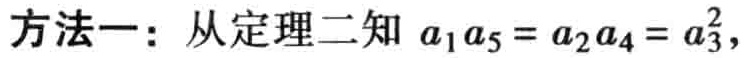
方法一：从定理二知 \(a_{1}a_{5}=a_{2}a_{4}=a_{3}^{2}\)